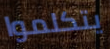
يتكلموا